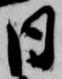
日